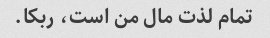
تمام لذت مال من است، ربکا.